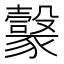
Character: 𧲇